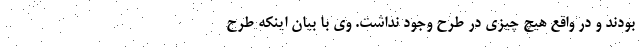
بودند و در واقع هیچ چیزی در طرح وجود نداشت. وی با بیان اینکه طرح